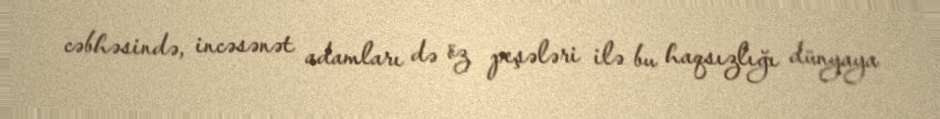
cəbhəsində, incəsənət adamları də öz peşələri ilə bu haqsızlığı dünyaya